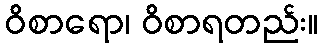
ဝိစာရော၊ ဝိစာရတည်း။